Annual administration report of the Civil Veterinary Department of India - 1893-1894
Year: 1893
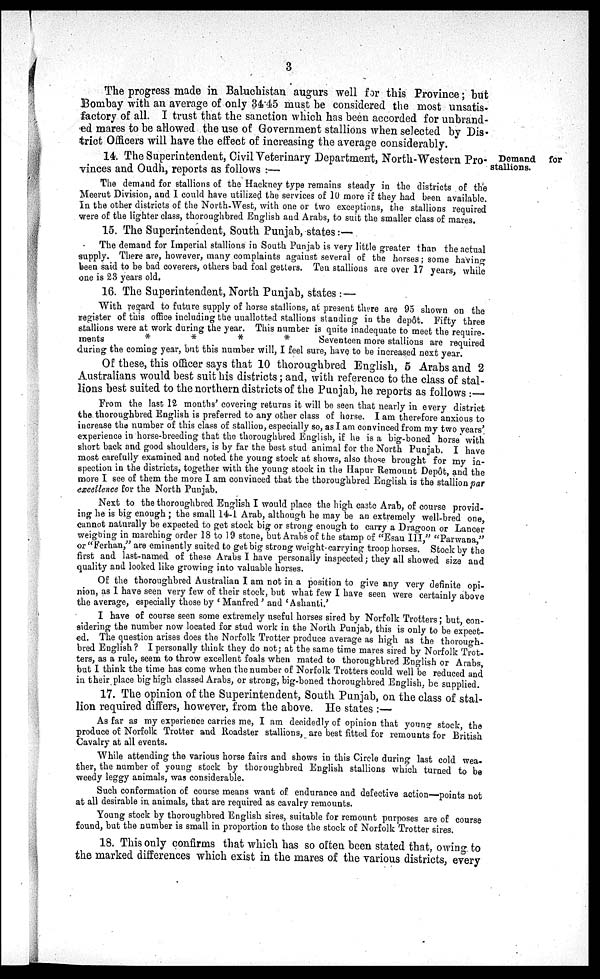
3
The progress made in Baluchistan augurs well for this Province; but
Bombay with an average of only 34.45 must be considered the most unsatis-
factory of all. I trust that the sanction which has been accorded for unbrand-
ed mares to be allowed the use of Government stallions when selected by Dis-
trict Officers will have the effect of increasing the average considerably.
Demand for
stallions.
14. The Superintendent, Civil Veterinary Department, North-Western Pro-
vinces and Oudh, reports as follows:—
The demand for stallions of the Hackney type remains steady in the districts of the
Meerut Division, and I could have utilized the services of 10 more if they had been available.
In the other districts of the North-West, with one or two exceptions, the stallions required
were of the lighter class, thoroughbred English and Arabs, to suit the smaller class of mares.
15. The Superintendent, South Punjab, states:—
The demand for Imperial stallions in South Punjab is very little greater than the actual
supply. There are, however, many complaints against several of the horses; some having
been said to be bad coverers, others bad foal getters. Ten stallions are over 17 years, while
one is 23 years old.
16. The Superintendent, North Punjab, states:—
With regard to future supply of horse stallions, at present there are 95 shown on the
register of this office including the unallotted stallions standing in the depôt. Fifty three
stallions were at work during the year. This number is quite inadequate to meet the require-
ments
*
*
*
*
Seventeen more stallions are required
during the coming year, but this number will, I feel sure, have to be increased next year.
Of these, this officer says that 10 thoroughbred English, 5 Arabs and 2
Australians would best suit his districts; and, with reference to the class of stal-
lions best suited to the northern districts of the Punjab, he reports as follows:-
From the last 12 months' covering returns it will be seen that nearly in every district
the thoroughbred English is preferred to any other class of horse. I am therefore anxious to
increase the number of this class of stallion, especially so, as I am convinced from my two years'
experience in horse-breeding that the thoroughbred English, if he is a big-boned horse with
short back and good shoulders, is by far the best stud animal for the North Punjab. I have
most carefully examined and noted the young stock at shows, also those brought for my in-
spection in the districts, together with the young stock in the Hapur Remount Depôt, and the
more I see of them the more I am convinced that the thoroughbred English is the stallion par
excellence for the North Punjab.
Next to the thoroughbred English I would place the high caste Arab, of course provid-
ing he is big enough; the small 14-1 Arab, although he may be an extremely well-bred one,
cannot naturally be expected to get stock big or strong enough to carry a Dragoon or Lancer
weighing in marching order 18 to 19 stone, but Arabs of the stamp of "Esau III," "Parwana,"
or "Ferhan," are eminently suited to get big strong weight-carrying troop horses. Stock by the
first and last-named of these Arabs I have personally inspected; they all showed size and
quality and looked like growing into valuable horses.
Of the thoroughbred Australian I am not in a position to give any very definite opi-
nion, as I have seen very few of their stock, but what few I have seen were certainly above
the average, especially those by 'Manfred' and 'Ashanti.'
I have of course seen some extremely useful horses sired by Norfolk Trotters; but, con-
sidering the number now located for stud work in the North Punjab, this is only to be expect-
ed. The question arises does the Norfolk Trotter produce average as high as the thorough-
bred English? I personally think they do not; at the same time mares sired by Norfolk Trot-
ters, as a rule, seem to throw excellent foals when mated to thoroughbred English or Arabs,
but I think the time has come when the number of Norfolk Trotters could well be reduced and
in their place big high classed Arabs, or strong, big-boned thoroughbred English, be supplied.
17. The opinion of the Superintendent, South Punjab, on the class of stal-
lion required differs, however, from the above. He states:-
As far as my experience carries me, I am decidedly of opinion that young stock, the
produce of Norfolk Trotter and Roadster stallions, are best fitted for remounts for British
Cavalry at all events.
While attending the various horse fairs and shows in this Circle during last cold wea-
ther, the number of young stock by thoroughbred English stallions which turned to be
weedy leggy animals, was considerable.
Such conformation of course means want of endurance and defective action points not
at all desirable in animals, that are required as cavalry remounts.
Young stock by thoroughbred English sires, suitable for remount purposes are of course
found, but the number is small in proportion to those the stock of Norfolk Trotter sires.
18. This only confirms that which has so often been stated that, owing to
the marked differences which exist in the mares of the various districts, every